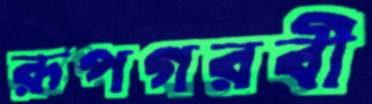
রূপগরবী